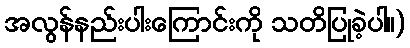
အလွန်နည်းပါးကြောင်းကို သတိပြုခဲ့ပါ။)